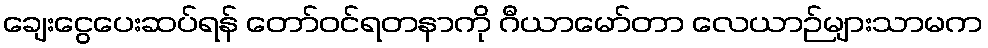
ချေးငွေပေးဆပ်ရန် တော်ဝင်ရတနာကို ဂီယာမော်တာ လေယာဉ်များသာမက